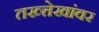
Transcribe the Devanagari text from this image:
तख्त्तेखांवर